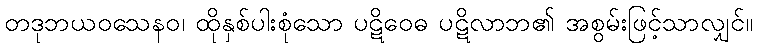
တဒုဘယဝသေနဝ၊ ထိုနှစ်ပါးစုံသော ပဋိဝေဓ ပဋိလာဘ၏ အစွမ်းဖြင့်သာလျှင်။